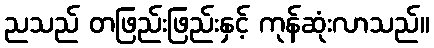
ညသည် တဖြည်းဖြည်းနှင့် ကုန်ဆုံးလာသည်။